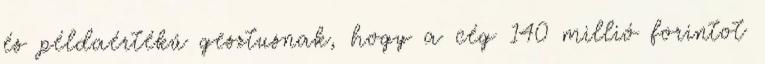
és példaértékű gesztusnak, hogy a cég 140 millió forintot